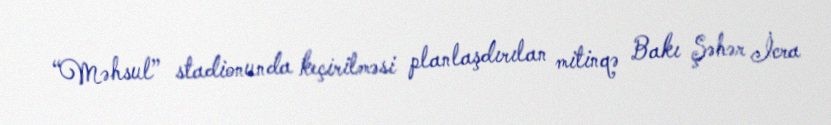
“Məhsul” stadionunda keçirilməsi planlaşdırılan mitinqə Bakı Şəhər İcra